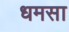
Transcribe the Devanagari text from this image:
धमसा